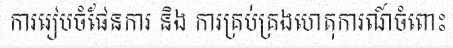
ការរៀបចំផែនការ និង ការគ្រប់គ្រងហេតុការណ៍ចំពោះ